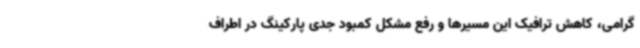
گرامی، کاهش ترافیک این مسیرها و رفع مشکل کمبود جدی پارکینگ‌ در اطراف